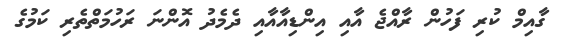
ގާއިމް ކުރި ފަހުން ރާއްޖެ އާއި އިންޑިއާއާއި ދެމެދު އޮންނަ ރަހުމަތްތެރި ކަމުގެ